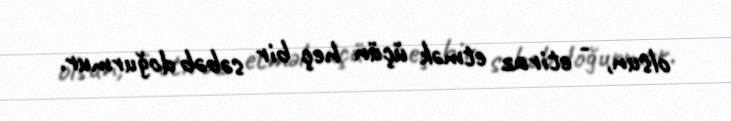
olsun, - etiraz etmək üçün heç bir səbəb doğurmur.